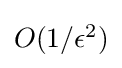
\textstyle O(1/\epsilon ^{2})